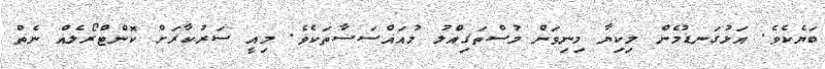
ބަޔެކެވެ. އަޅުގަނޑުމެން މިކިޔާ މިނިވަން މުސްތަޤިއްލު މުއައްސަސާތަކެވެ. މިއީ ސަރުކާރަށް ކޮންޓްރޯލެއް ނެތް